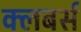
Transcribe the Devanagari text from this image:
क्लबर्स